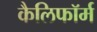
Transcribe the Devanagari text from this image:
कैलिफॉर्म